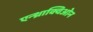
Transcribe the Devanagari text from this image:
एन्थ्राक्विओन